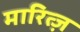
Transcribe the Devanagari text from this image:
मारित्ज़